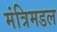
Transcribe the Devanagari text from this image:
मंत्रिमडल